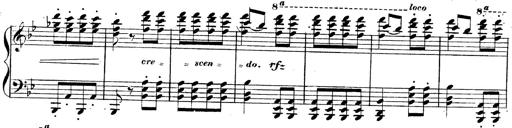
Title: 3 Caprices-Valses
Composer: Franz Liszt